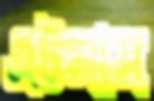
এটলাস